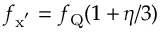
f _ { \mathrm { x ^ { ' } } } = f _ { \mathrm { Q } } ( 1 \, { + } \, \eta / 3 )